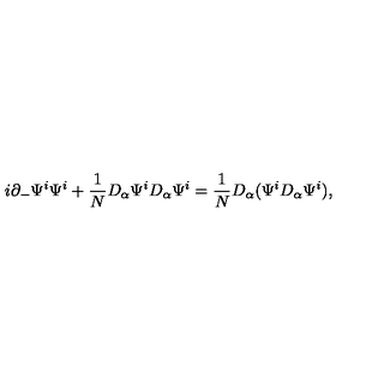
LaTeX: i \partial _ { - } \Psi ^ { i } \Psi ^ { i } + { \frac { 1 } { N } } D _ { \alpha } \Psi ^ { i } D _ { \alpha } \Psi ^ { i } = { \frac { 1 } { N } } D _ { \alpha } ( \Psi ^ { i } D _ { \alpha } \Psi ^ { i } ) ,